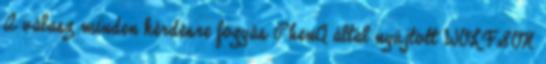
A válasz minden kérdésre fogyás PhenQ által nyújtott WOLFSON